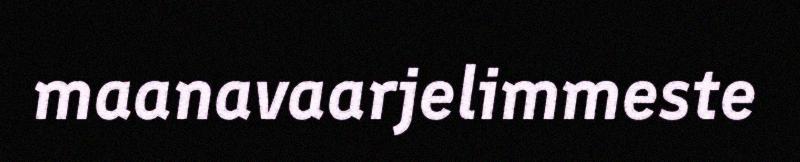
maanavaarjelimmeste